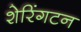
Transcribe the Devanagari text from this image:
शेरिंगटन